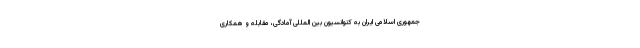
جمهوری اسلامی ایران به کنوانسیون بین المللی آمادگی، مقابله و همکاری